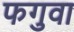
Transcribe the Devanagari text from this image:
फगुवा